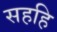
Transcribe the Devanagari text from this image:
सहहि